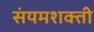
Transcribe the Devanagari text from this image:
संयमशक्ती